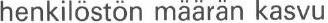
henkilöstön määrän kasvu